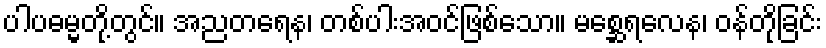
ပါပဓမ္မတို့တွင်။ အညတရေန၊ တစ်ပါးအဝင်ဖြစ်သော။ မစ္ဆေရလေန၊ ဝန်တိုခြင်း